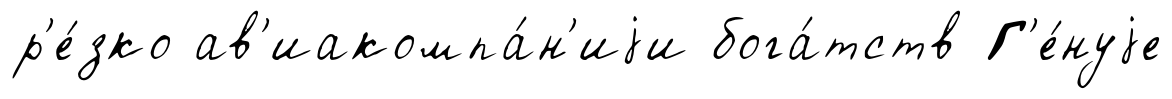
р'е́зко ав'иакомпа́н'иjи бога́тств Г'е́нуjе